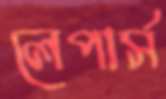
লেপার্স